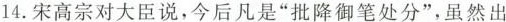
14.宋高宗对大臣说，今后凡是“批降御笔处分”，虽然出